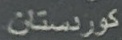
كوردستان